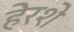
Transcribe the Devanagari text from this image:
हेरशे